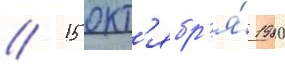
// 15 окт'ябр'я́ 1980